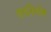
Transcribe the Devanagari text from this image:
सतर्निलोस